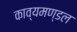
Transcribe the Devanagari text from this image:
काव्यमण्डल